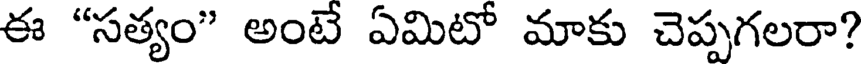
ఈ "సత్యం" అంటే ఏమిటో మాకు చెప్పగలరా?